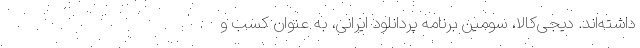
داشته‌اند. دیجی‌کالا، سومین برنامه پردانلود ایرانی، به عنوان کسب و